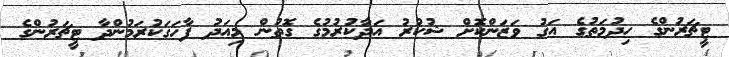
ޓީޗަރުންގެ ހިދުމަތުގެ އަގު ވަޒަންކޮށް ޝުކުރު އަދާކުރުމުގެ ގޮތުން މިއަދު ފާހަގަކުރަމުންދާ ޓީޗަރުންގެ